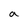
Character: a